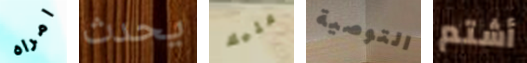
امراه يحدث عليك التوصية أشتم